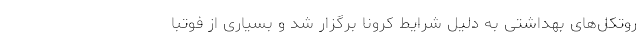
روتکل‌های بهداشتی به دلیل شرایط کرونا برگزار شد و بسیاری از فوتبا